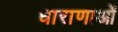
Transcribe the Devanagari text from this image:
धाराणाओं